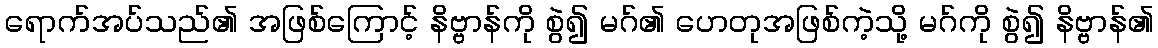
ရောက်အပ်သည်၏ အဖြစ်ကြောင့် နိဗ္ဗာန်ကို စွဲ၍ မဂ်၏ ဟေတုအဖြစ်ကဲ့သို့ မဂ်ကို စွဲ၍ နိဗ္ဗာန်၏